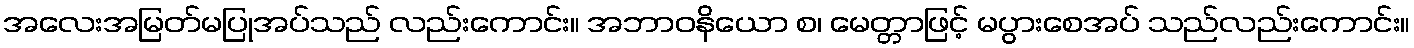
အလေးအမြတ်မပြုအပ်သည် လည်းကောင်း။ အဘာဝနိယော စ၊ မေတ္တာဖြင့် မပွားစေအပ် သည်လည်းကောင်း။